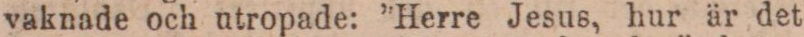
vaknade och utropade: ”Herre Jesus, hur är det